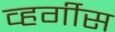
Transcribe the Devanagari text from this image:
व्हर्गीस